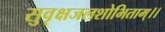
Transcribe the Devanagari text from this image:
सुवृक्षजलशोभिताम्।।